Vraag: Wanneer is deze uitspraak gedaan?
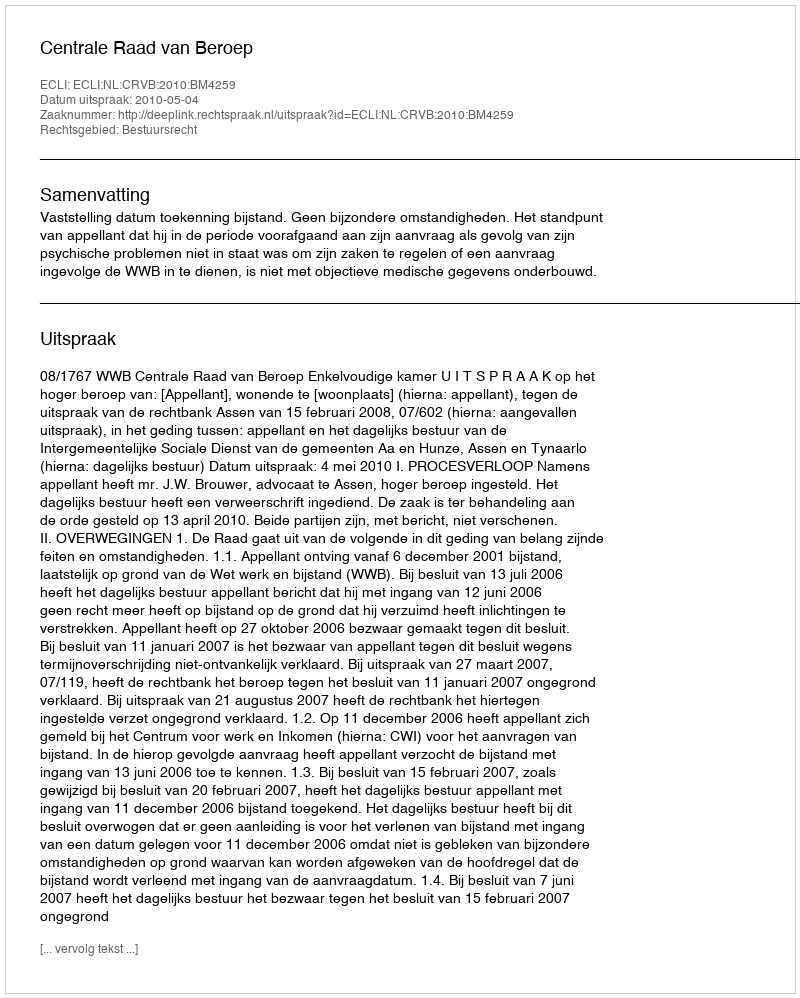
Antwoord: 2010-05-04